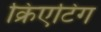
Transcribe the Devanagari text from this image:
क्रिएटिंग